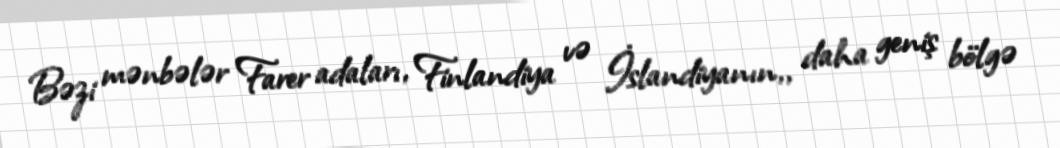
Bəzi mənbələr Farer adaları, Finlandiya və İslandiyanın,, daha geniş bölgə